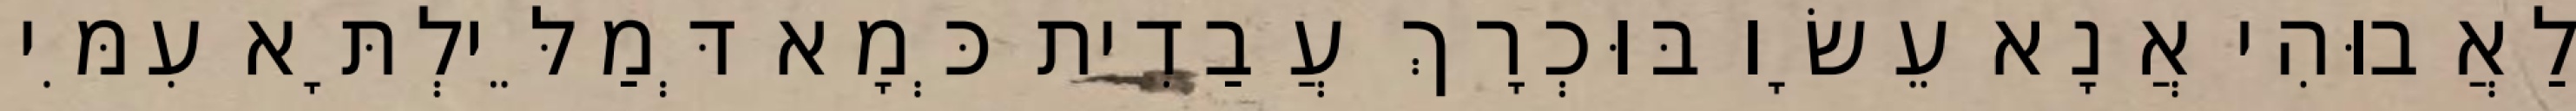
לַאֲבוּהִי אֲנָא עֵשָׂו בּוּכְרָךְ עֲבַדִית כְּמָא דְּמַלֵּילְתָּא עִמִּי